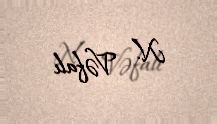
N. Vəfalı